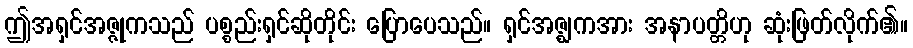
ဤအရှင်အဇ္ဇုကသည် ပစ္စည်းရှင်ဆိုတိုင်း ပြောပေသည်။ ရှင်အဇ္ဈကအား အနာပတ္တိဟု ဆုံးဖြတ်လိုက်၏။